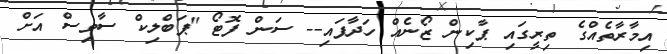
އިމާރާތެއްގެ ތިރީގައި ޕާކިން ޒޯނެއް ހަދާފައި-- ސަން ފޮޓޯ "ޕަބްލިކް ސާވިސް އަށް